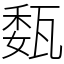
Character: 瓾